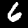
Label: 6